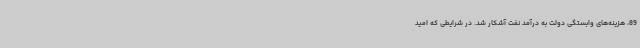
89، هزینه‌های وابستگی دولت به درآمد نفت آشکار شد. در شرایطی که امید